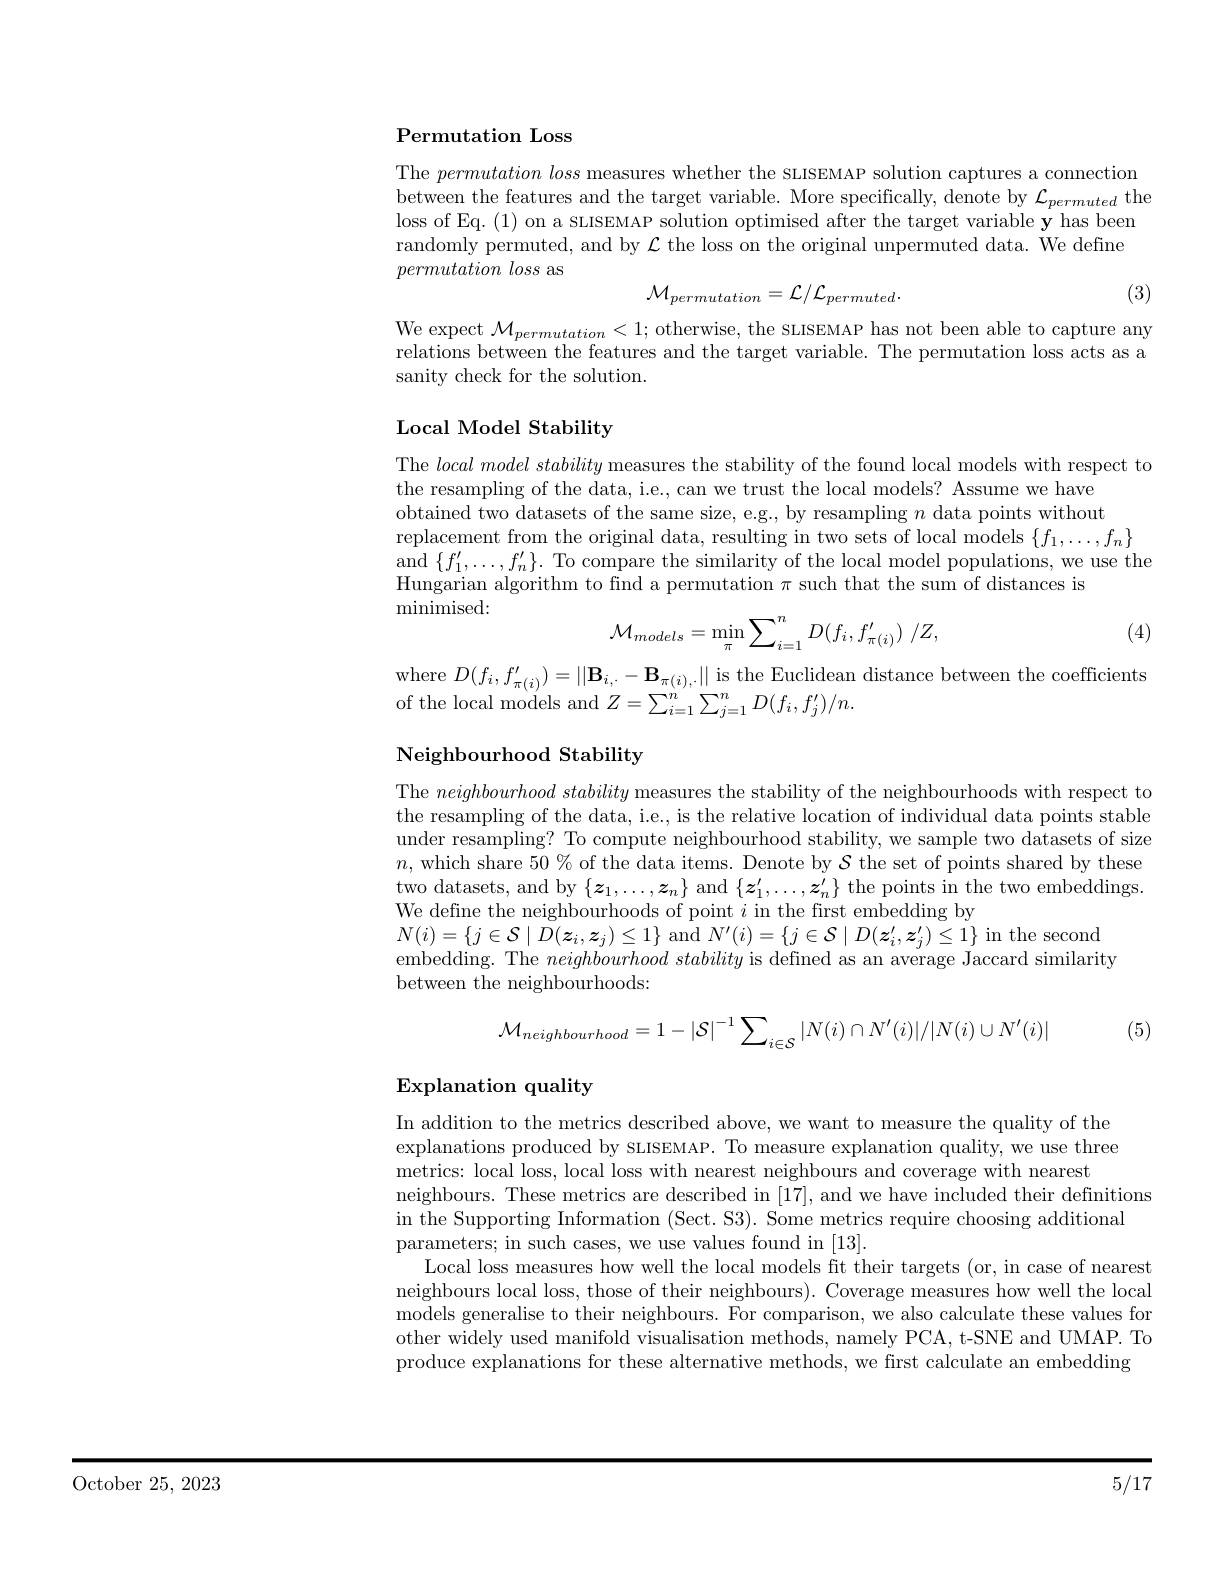
${\mathbf{P}}$ermutation Loss

The $permutation\textit{ loss measures whether the SLISEMAP solution captures a connection}$ between the features and the target variable. More specifically, denote by $\mathcal{L}_permuted$ the loss of Eq.(1) on a SLISEMAP solution optimised after the target variable y has been randomly permuted, and by $\mathcal{L}$ the loss on the original unpermuted data. We define $permutation\textit{loss as}$
$$\mathcal{M}_{permutation}=\mathcal{L}/\mathcal{L}_{permuted}.$$
(3)

We expect $\mathcal{M}_permutation<1;$ otherwise, the SLISEMAP has not been able to capture any relations between the features and the target variable. The permutation loss acts as a sanity check for the solution.

## Local Model Stability

The $local\textit{model stability measures the stability of the found local models with respect to}$
the resampling of the data, i.e., can we trust the local models? Assume we have obtained two datasets of the same size, e.g., by resampling $n$ data points without replacement from the original data, resulting in two sets of local models $\{f_1,\ldots,f_n\}$ $\begin{array}{c}{\mathrm{and~}\{f_{1}^{\prime},\ldots,f_{n}^{\prime}\}.}&{\mathrm{To~compare~the~similarity~of~the~local~model~populations,~we~use~the}}\\{\mathrm{and~}\{f_{1}^{\prime},\ldots,f_{n}^{\prime}\}.}&{\mathrm{To~compare~the~similarity~of~the~local~model~populations,~we\:use~the}}\end{array}$ Hungarian algorithm to find a permutation $\pi$ such that the sum of distances is
minimised:

(4)
$$\mathcal{M}_{models}=\min_{\pi}\sum_{i=1}^{n}D(f_{i},f_{\pi(i)}')\:/Z,$$
where $D(f_i,f_{\pi(i)}^{\prime})=\left|\left|\mathbf{B}_{i,\cdot}-\mathbf{B}_{\pi(i),\cdot}\right|\right|$ is the Euclidean distance between the coefficients
of the local models and $Z=\sum_i=1^{n}\sum_{j=1}^{n}D(f_{i},f_{j}^{\prime})/n.$

## Neighbourhood Stability

The $neighbourhood\textit{ stability measures the stability of the neighbourhoods with respect to}$ the resampling of the data, i.e., is the relative location of individual data points stable under resampling? To compute neighbourhood stability, we sample two datasets of size $n$, which share $50\%$ of the data items. Denote by $\mathcal{S}$ the set of points shared by these two datasets, and by $\{\boldsymbol z_1,\ldots,\boldsymbol z_n\}$ and $\{\boldsymbol z_1^{\prime},\ldots,\boldsymbol z_n^{\prime}\}$ the points in the two embeddings. We define the neighbourhoods of point $i$ in the first embedding by
$N(i)=\{j\in\mathcal{S}\mid D(\boldsymbol{z}_{i},\boldsymbol{z}_{j})\leq1\}$ and $N^\prime(i)=\{j\in\mathcal{S}\mid D(\boldsymbol{z}_{i}^{\prime},\boldsymbol{z}_{j}^{\prime})\leq1\}$ in the second embedding. The $neighbourhood\textit{ stability is defined as an average Jaccard similarity}$ between the neighbourhoods:

(5)
$$\mathcal{M}_{neighbourhood}=1-|\mathcal{S}|^{-1}\sum_{i\in\mathcal{S}}|N(i)\cap N'(i)|/|N(i)\cup N'(i)|$$
## Explanation quality

In addition to the metrics described above, we want to measure the quality of the explanations produced by SLISEMAP. To measure explanation quality, we use three metrics: local loss, local loss with nearest neighbours and coverage with nearest
neighbours. These metrics are described in [17], and we have included their definitions
in the Supporting Information (Sect. S3). Some metrics require choosing additional
parameters; in such cases, we use values found in [13].
Local loss measures how well the local models fit their targets (or, in case of nearest neighbours local loss, those of their neighbours). Coverage measures how well the local models generalise to their neighbours. For comparison, we also calculate these values for other widely used manifold visualisation methods, namely PCA, t-SNE and UMAP. To produce explanations for these alternative methods, we first calculate an embedding

${\mathrm{October~25,~2023}}$

5/17